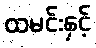
ထမင်းနှင့်